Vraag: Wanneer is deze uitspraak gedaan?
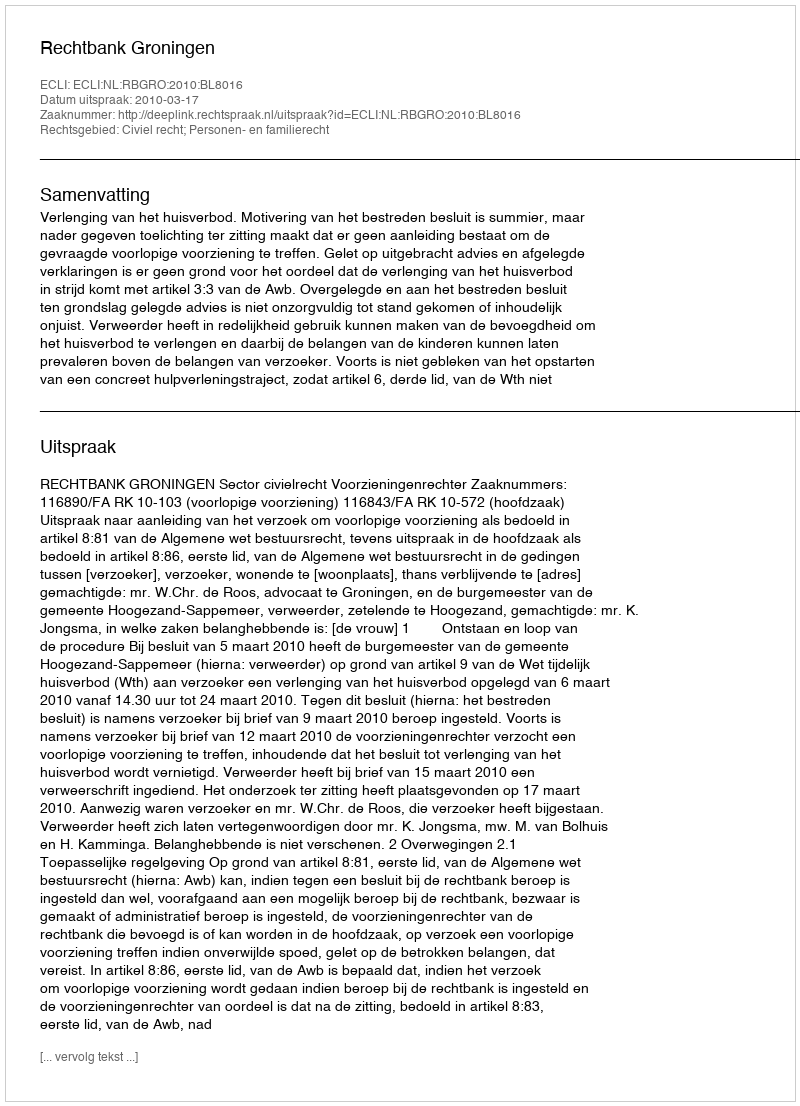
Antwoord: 2010-03-17